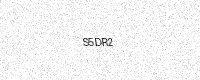
Text: S5DR2